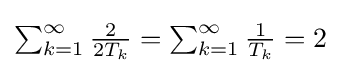
\textstyle \sum _{k=1}^{\infty }{\frac {2}{2T_{k}}}=\sum _{k=1}^{\infty }{\frac {1}{T_{k}}}=2